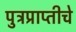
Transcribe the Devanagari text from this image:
पुत्रप्राप्‍तीचे